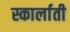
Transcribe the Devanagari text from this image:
स्कार्लाती